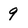
Character: 9